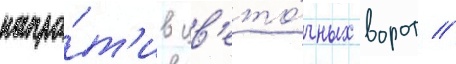
напро́т'ив цв'ето́чных ворот //